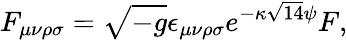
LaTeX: {F_{\mu\nu\rho\sigma}=\sqrt{-g}\epsilon_{\mu\nu\rho\sigma}e^{-\kappa\sqrt{14}\psi}F,}